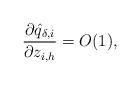
LaTeX: \begin{align*}\frac{\partial \hat{q}_{\delta,i}}{\partial z_{i,h}}=O(1),\end{align*}